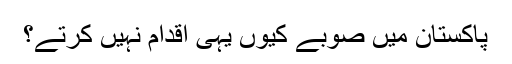
پاکستان میں صوبے کیوں یہی اقدام نہیں کرتے؟